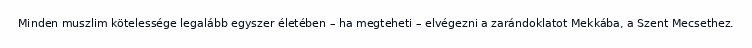
Minden muszlim kötelessége legalább egyszer életében – ha megteheti – elvégezni a zarándoklatot Mekkába, a Szent Mecsethez.